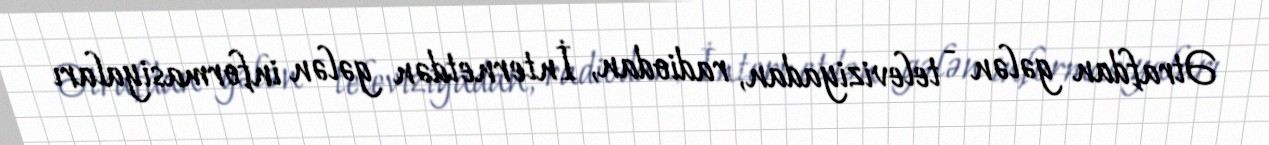
Ətrafdan gələn - televiziyadan, radiodan, İnternetdən gələn informasiyaları